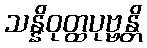
သန္နိဝုတ္ထပုဗ္ဗန္တိ